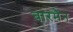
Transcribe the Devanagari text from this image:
बारमैन